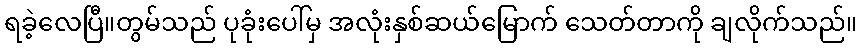
ရခဲ့လေပြီ။တွမ်သည် ပုခုံးပေါ်မှ အလုံးနှစ်ဆယ်မြောက် သေတ်တာကို ချလိုက်သည်။